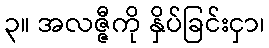
၃။ အလဇ္ဇီကို နှိပ်ခြင်းငှာ၊